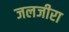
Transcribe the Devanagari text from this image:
जलजीरा